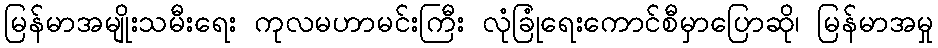
မြန်မာအမျိုးသမီးရေး ကုလမဟာမင်းကြီး လုံခြုံရေးကောင်စီမှာပြောဆို၊ မြန်မာအမှု